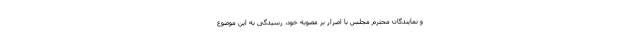
و نمایندگان محترم مجلس با اصرار بر مصوبه خود، رسیدگی به این موضوع